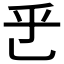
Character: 𬼡